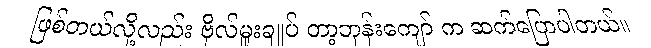
ဖြစ်တယ်လို့လည်း ဗိုလ်မှူးချုပ် တာ့ဘုန်းကျော် က ဆက်ပြောပါတယ်။